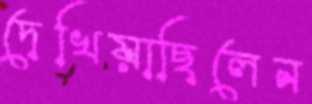
দেখিয়াছিলেন